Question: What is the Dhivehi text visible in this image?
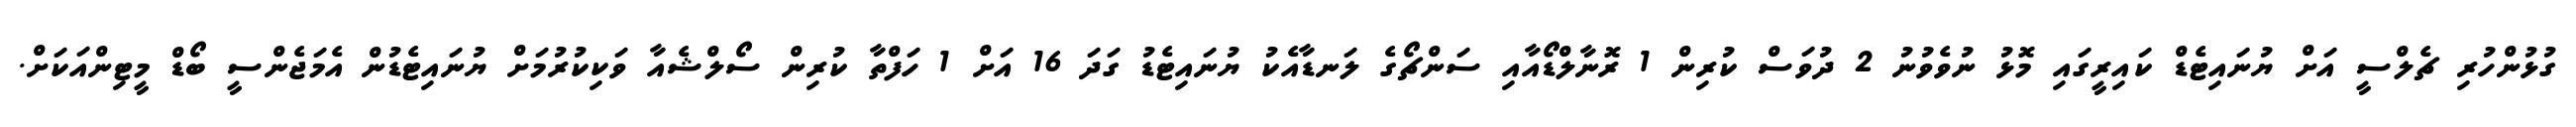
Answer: ގުޅުންހުރި ޗެލްސީ އަށް ޔުނައިޓެޑް ކައިރީގައި މޮޅު ނުވެވުނު 2 ދުވަސް ކުރިން 1 ރޮނާލްޑޯއާއި ސަންޗޯގެ ލަނޑާއެކު ޔުނައިޓެޑު ގަދަ 16 އަށް 1 ހަފްތާ ކުރިން ސޯލްޝެއާ ވަކިކުރުމަށް ޔުނައިޓެޑުން އެމަޖެންސީ ބޯޑް މީޓިންއަކަށް.